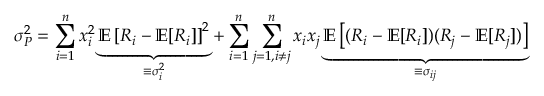
\sigma _ { P } ^ { 2 } = \sum _ { i = 1 } ^ { n } x _ { i } ^ { 2 } \underbrace { \mathbb { E } \left[ R _ { i } - \mathbb { E } [ R _ { i } ] \right] ^ { 2 } } _ { \equiv \sigma _ { i } ^ { 2 } } + \sum _ { i = 1 } ^ { n } \sum _ { j = 1 , i \neq j } ^ { n } x _ { i } x _ { j } \underbrace { \mathbb { E } \left[ ( R _ { i } - \mathbb { E } [ R _ { i } ] ) ( R _ { j } - \mathbb { E } [ R _ { j } ] ) \right] } _ { \equiv \sigma _ { i j } }